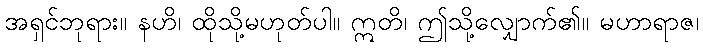
အရှင်ဘုရား။ နဟိ၊ ထိုသို့မဟုတ်ပါ။ ဣတိ၊ ဤသို့လျှောက်၏။ မဟာရာဇ၊